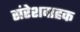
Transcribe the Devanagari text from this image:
संरेशवाहक